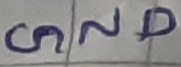
Text: GND